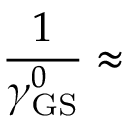
\frac { 1 } { \gamma _ { \mathrm { G S } } ^ { 0 } } \approx